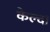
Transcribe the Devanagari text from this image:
केल्दा